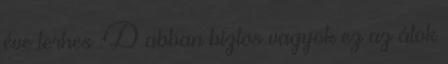
éve terhes :D abban biztos vagyok ez az átok